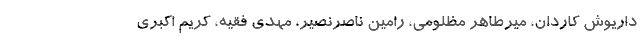
داریوش کاردان، میرطاهر مظلومی، رامین ناصرنصیر، مهدی فقیه، کریم اکبری